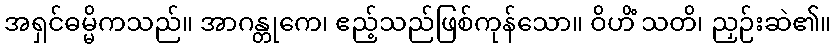
အရှင်ဓမ္မိကသည်။ အာဂန္တုကေ၊ ဧည့်သည်ဖြစ်ကုန်သော။ ဝိဟိံ သတိ၊ ညှဉ်းဆဲ၏။